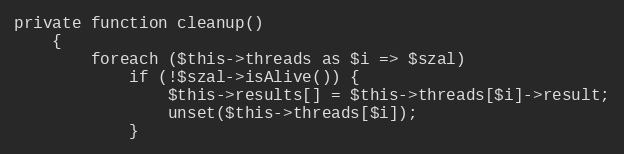
Language: PHP
private function cleanup()
    {
        foreach ($this->threads as $i => $szal)
            if (!$szal->isAlive()) {
                $this->results[] = $this->threads[$i]->result;
                unset($this->threads[$i]);
            }